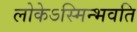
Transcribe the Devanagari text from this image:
लोकेऽस्मिन्भवति